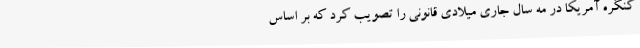
کنگره آمریکا در مه سال جاری میلادی قانونی را تصویب کرد که بر اساس